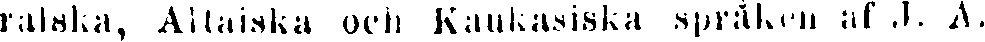
ralska, Altaiska och Kaukasiska språken af J.A.